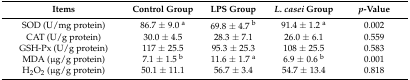
<table><thead><tr><td><b>Items</b></td><td><b>Control Group</b></td><td><b>LPS Group</b></td><td><b><i>L. casei</i> Group</b></td><td><b><i>p</i>-Value</b></td></tr></thead><tbody><tr><td>SOD (U/mg protein)</td><td>86.7 ± 9.0 <sup>a</sup></td><td>69.8 ± 4.7 <sup>b</sup></td><td>91.4 ± 1.2 <sup>a</sup></td><td>0.002</td></tr><tr><td>CAT (U/g protein)</td><td>30.0 ± 4.5</td><td>28.3 ± 7.1</td><td>26.0 ± 6.1</td><td>0.559</td></tr><tr><td>GSH-Px (U/g protein)</td><td>117 ± 25.5</td><td>95.3 ± 25.3</td><td>108 ± 25.5</td><td>0.583</td></tr><tr><td>MDA (μg/g protein)</td><td>7.1 ± 1.5 <sup>b</sup></td><td>11.6 ± 1.7 <sup>a</sup></td><td>6.9 ± 0.6 <sup>b</sup></td><td>0.001</td></tr><tr><td>H<sub>2</sub>O<sub>2</sub> (μg/g protein)</td><td>50.1 ± 11.1</td><td>56.7 ± 3.4</td><td>54.7 ± 13.4</td><td>0.818</td></tr></tbody></table>